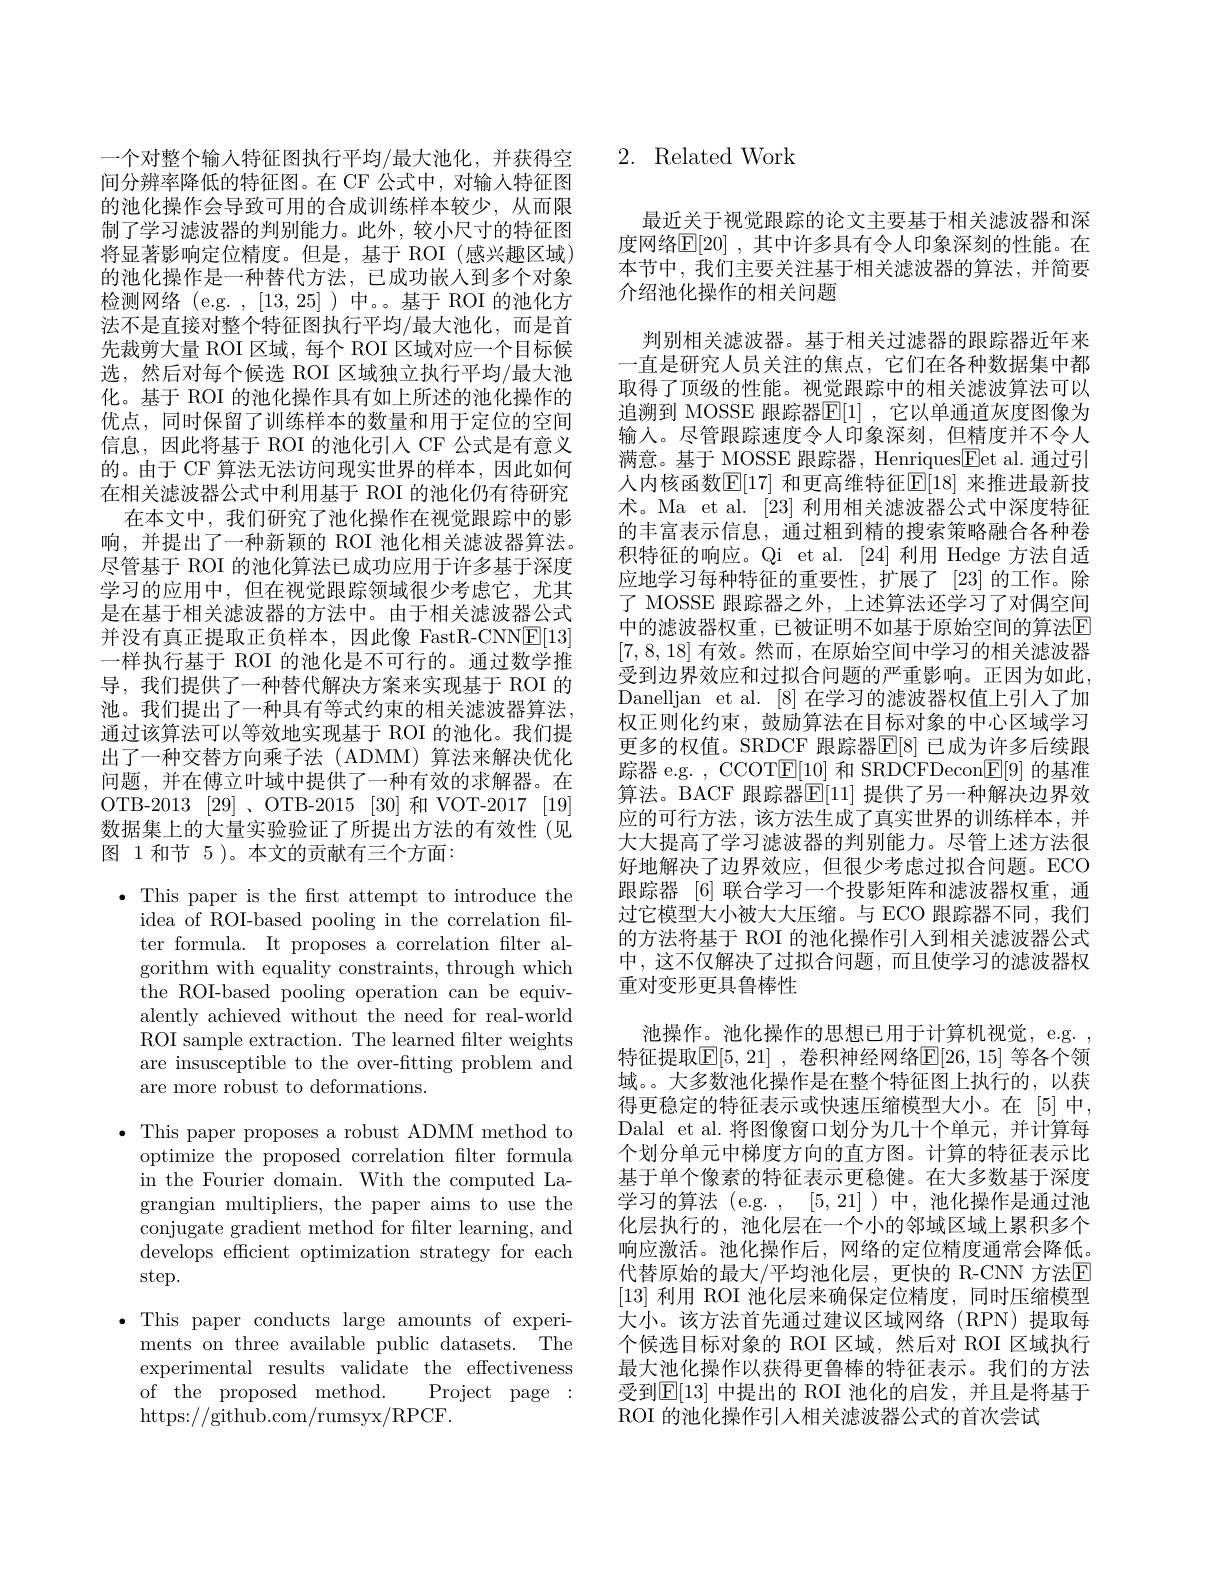
间分辨率降低的特征图。在 CF 公式中，对输入特征图的池化操作会导致可用的合成训练样本较少，从而限制了学习滤波器的判别能力。此外，较小尺寸的特征图将显著影响定位精度。但是，基于 ROI (感兴趣区域) 的池化操作是一种替代方法，已成功嵌人到多个对象检测网络(e.g. ,[13,25])中。。基于 ROI 的池化方法不是直接对整个特征图执行平均/最大池化，而是首先裁剪大量 ROI 区域，每个 ROI 区域对应一个目标候选，然后对每个候选 ROI 区域独立执行平均/最大池化。基于 ROI 的池化操作具有如上所述的池化操作的优点，同时保留了训练样本的数量和用于定位的空间信息，因此将基于 ROI 的池化引人 CF 公式是有意义的。由于 CF 算法无法访问现实世界的样本，因此如何在相关滤波器公式中利用基于 ROI 的池化仍有待研究
在本文中，我们研究了池化操作在视觉跟踪中的影响，并提出了一种新颖的 ROI 池化相关滤波器算法。尽管基于 ROI 的池化算法已成功应用于许多基于深度学习的应用中，但在视觉跟踪领域很少考虑它，尤其是在基于相关滤波器的方法中。由于相关滤波器公式并没有真正提取正负样本，因此像 FastR-CNNE[13] 一样执行基于 ROI 的池化是不可行的。通过数学推导，我们提供了一种替代解决方案来实现基于 ROI 的池。我们提出了一种具有等式约束的相关滤波器算法， 通过该算法可以等效地实现基于 ROI 的池化。我们提出了一种交替方向乘子法(ADMM)算法来解决优化问题，并在傅立叶域中提供了一种有效的求解器。在OTB-2013 [29]、OTB-2015 [30]和 VOT-2017 [19] 数据集上的大量实验验证了所提出方法的有效性(见图 1和节 5 )。本文的贡献有三个方面：

$\bullet$ This paper is the frst attempt to introduce the
idea of ROI-based pooling in the correlation filter formula. It proposes a correlation flter algorithm with equality constraints, through which ${\bar{\mathrm{the~ROI-based~pooling~operation~can~be~equiv-}}}$ alently achieved without the need for real-world ROI sample extraction. The learned flter weights are insusceptible to the over-fitting problem and are more robust to deformations.

$\bullet$ This paper proposes a robust ADMM method to
optimize the proposed correlation filter formula in the Fourier domain. With the computed Lagrangian multipliers, the paper aims to use the conjugate gradient method for filter learning, and develops efficient optimization strategy for each step.

$\bullet$ This paper conducts large amounts of experi-
ments on three available public datasets. The experimental results validate the effectiveness of the proposed method. Project page : https://github.com/rumsyx/RPCF.

## 一个对整个输人特征图执行平均/最大池化，并获得空 2. Related Work

最近关于视觉跟踪的论文主要基于相关滤波器和深度网络$\mathbb{E}[20]$ ,其中许多具有令人印象深刻的性能。在本节中，我们主要关注基于相关滤波器的算法，并简要介绍池化操作的相关问题
判别相关滤波器。基于相关过滤器的跟踪器近年来一直是研究人员关注的焦点，它们在各种数据集中都取得了顶级的性能。视觉跟踪中的相关滤波算法可以追溯到 MOSSE 跟踪器$\mathbb{E}[1]$ ,它以单通道灰度图像为输入。尽管跟踪速度令人印象深刻，但精度并不令人满意。基于 MOSSE 跟踪器，Henriques$\boxed{\mathrm{Fet~al.~通过引}}$ 人内核函数$\mathbb{E}[17]$ 和更高维特征$\mathbb{E}[18]$ 来推进最新技术。Ma et al. [23]利用相关滤波器公式中深度特征的丰富表示信息，通过粗到精的搜索策略融合各种卷积特征的响应。Qi et al.[24]利用 Hedge 方法自适应地学习每种特征的重要性，扩展了[23]的工作。除了 MOSSE 跟踪器之外，上述算法还学习了对偶空间中的滤波器权重，已被证明不如基于原始空间的算法$\mathbb{E}$ [7,8,18]有效。然而，在原始空间中学习的相关滤波器受到边界效应和过拟合问题的严重影响。正因为如此， Danelljan et al. [8] 在学习的滤波器权值上引入了加权正则化约束，鼓励算法在目标对象的中心区域学习更多的权值。SRDCF 跟踪器$\mathbb{E}[8]$ 已成为许多后续跟踪器 e.g. , CCOT$\underline{\mathrm{E}}[10]$和 SRDCFDecon$\underline{\mathrm{E}}[9]$的基准算法。BACF 跟踪器$\mathbb{E}[11]$ 提供了另一种解决边界效应的可行方法，该方法生成了真实世界的训练样本，并大大提高了学习滤波器的判别能力。尽管上述方法很好地解决了边界效应，但很少考虑过拟合问题。ECO 跟踪器 [6] 联合学习一个投影矩阵和滤波器权重，通过它模型大小被大大压缩。与 ECO 跟踪器不同，我们的方法将基于 ROI 的池化操作引人到相关滤波器公式中，这不仅解决了过拟合问题，而且使学习的滤波器权重对变形更具鲁棒性
池操作。池化操作的思想已用于计算机视觉，e.g. , 特征提取$\mathbb{E}[5,21]$ ,卷积神经网络$\mathbb{E}[26,15]$ 等各个领域。。大多数池化操作是在整个特征图上执行的，以获得更稳定的特征表示或快速压缩模型大小。在[5]中， Dalal et al.将图像窗口划分为几十个单元，并计算每个划分单元中梯度方向的直方图。计算的特征表示比基于单个像素的特征表示更稳健。在大多数基于深度学习的算法(e.g.,[5,21])中，池化操作是通过池化层执行的，池化层在一个小的邻域区域上累积多个响应激活。池化操作后，网络的定位精度通常会降低。代替原始的最大/平均池化层，更快的 R-CNN 方法$\mathbb{E}$ [13]利用 ROI 池化层来确保定位精度，同时压缩模型大小。该方法首先通过建议区域网络(RPN)提取每个候选目标对象的 ROI 区域，然后对 ROI 区域执行最大池化操作以获得更鲁棒的特征表示。我们的方法受到$\mathbb{E}[13]$ 中提出的 ROI 池化的启发，并且是将基于ROI 的池化操作引人相关滤波器公式的首次尝试